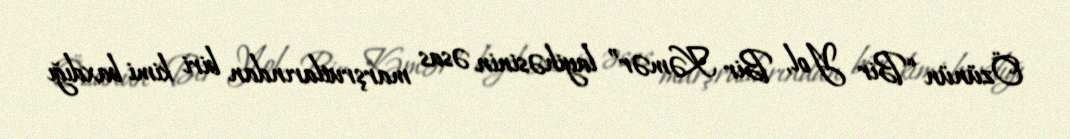
Özünün “Bir Yol, Bir Kəmər” layihəsinin əsas marşrutlarından biri kimi baxdığı